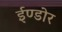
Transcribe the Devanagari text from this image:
ईण्डोर